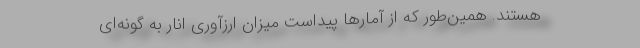
هستند. همین‌طور که از آمارها پیداست میزان ارزآوری انار به‌ گونه‌ای